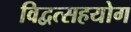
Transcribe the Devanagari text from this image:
विद्वत्सहयोग